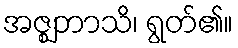
အဇ္ဈဘာသိ၊ ရွတ်၏။